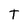
Character: t